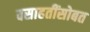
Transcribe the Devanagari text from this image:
वसाहतींसोबत